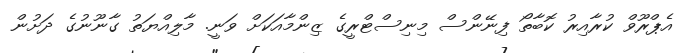
އެޕްރޫވް ކުރާއިރު ކޮބާތޯ ފިނޭންސް މިނިސްޓްރީގެ ޒިންމާއަކަށް ވަނީ. މާލިއްޔަތު ގާނޫނުގެ ދަށުން